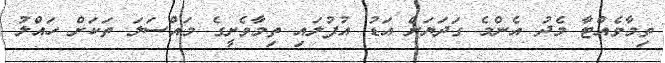
ތިމާވެއްޓާ މެދު އެންމެ ގަދަޔަށް އަޑު އުފުލައި ތިމާވެށީގެ މައްސަލަ ތަކަށް ހައްލު